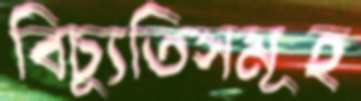
বিচ্যুতিসমূহ